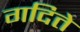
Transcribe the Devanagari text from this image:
गदिते